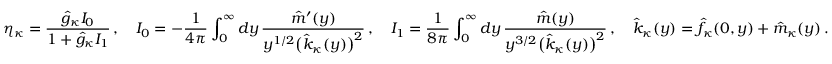
\eta _ { \kappa } = \frac { \hat { g } _ { \kappa } { \cal I } _ { 0 } } { 1 + \hat { g } _ { \kappa } { \cal I } _ { 1 } } \, , \quad { \cal I } _ { 0 } = - \frac { 1 } { 4 \pi } \int _ { 0 } ^ { \infty } d y \, \frac { \hat { m } ^ { \prime } ( y ) } { y ^ { 1 / 2 } \big ( \hat { k } _ { \kappa } ( y ) \big ) ^ { 2 } } \, , \quad { \cal I } _ { 1 } = \frac { 1 } { 8 \pi } \int _ { 0 } ^ { \infty } d y \, \frac { \hat { m } ( y ) } { y ^ { 3 / 2 } \big ( \hat { k } _ { \kappa } ( y ) \big ) ^ { 2 } } \, , \quad \hat { k } _ { \kappa } ( y ) = \hat { f } _ { \kappa } ( 0 , y ) + \hat { m } _ { \kappa } ( y ) \, .